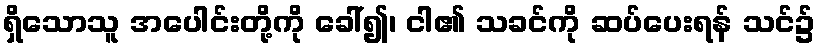
ရှိသောသူ အပေါင်းတို့ကို ခေါ်၍၊ ငါ၏ သခင်ကို ဆပ်ပေးရန် သင်၌